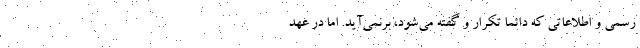
رسمی و اطلاعاتی که دائماً تکرار و گفته می‌شود، برنمی‌آید. اما در عهد